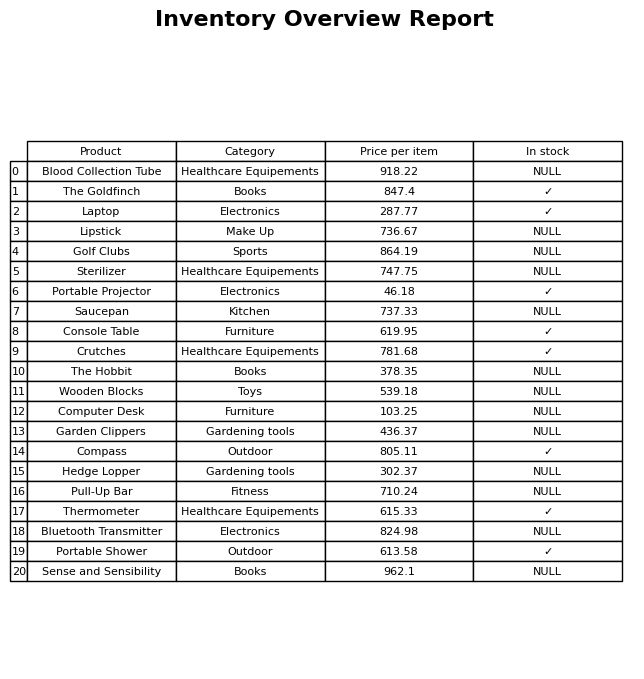
question: What is the price of the Compass?
answer: The price of Compass is 805.11.